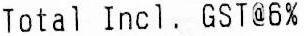
TOTAL INCL. GST@6%